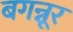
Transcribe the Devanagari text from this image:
बगन्नूर